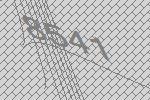
8541